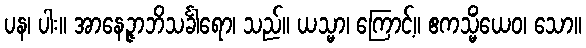
ပန၊ ပါး။ အာနေဉ္ဇာဘိသင်္ခါရော၊ သည်။ ယသ္မာ၊ ကြောင့်။ ဧကသ္မိံယေဝ၊ သော။